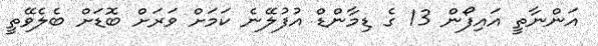
އަންނާތީ އައިފޯން 13 ގެ ޑިމާންޑް އުފުލޭނެ ކަމަށް ވަރަށް ބޮޑަށް ބެލެވޭތީ